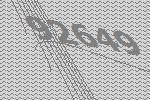
92649